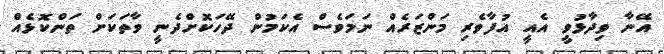
އޭނާ ވިދާޅުވީ އެއީ އުފާވެރި މަންޒަރެއް ނަމަވެސް އެކަމުން ދޭހަކޮށްދެނީ ވާތަކަށް ތަންކޮޅެއް